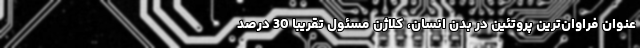
عنوان فراوان‌ترین پروتئین در بدن انسان، کلاژن مسئول تقریبا 30 درصد